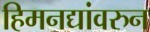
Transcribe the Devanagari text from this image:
हिमनद्यांवरुन